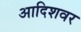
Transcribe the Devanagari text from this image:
आदिशवर